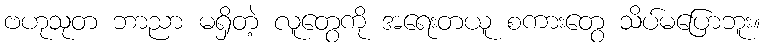
ဗဟုသုတ ဘာညာ မရှိတဲ့ လူတွေကို အရေးတယူ စကားတွေ သိပ်မပြောဘူး။